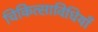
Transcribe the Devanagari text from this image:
चिकित्साविधियाँ